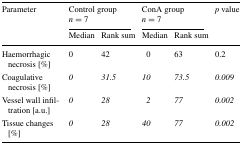
| <ROWSPAN=2> Parameter | <COLSPAN=2> Control groupn = 7 | <COLSPAN=2> ConA groupn = 7 | <ROWSPAN=2> p value |
 | Median | Rank sum | Median | Rank sum |
 | --- | --- | --- | --- | --- | --- |
 | Haemorrhagic necrosis [%] | 0 | 42 | 0 | 63 | 0.2 |
 | Coagulative necrosis [%] | 0 | 31.5 | 10 | 73.5 | 0.009 |
 | Vessel wall infiltration [a.u.] | 0 | 28 | 2 | 77 | 0.002 |
 | Tissue changes [%] | 0 | 28 | 40 | 77 | 0.002 |